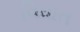
વિધાત